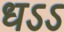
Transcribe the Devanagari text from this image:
धऽऽ